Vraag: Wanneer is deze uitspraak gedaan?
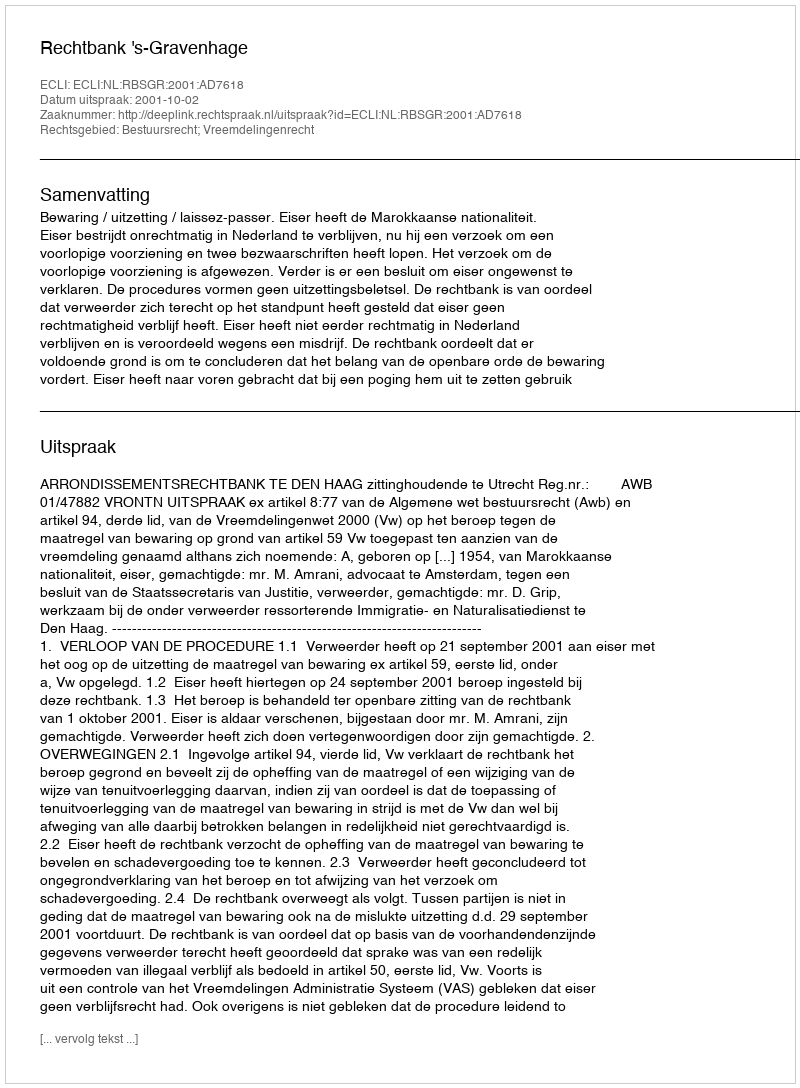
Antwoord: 2001-10-02